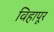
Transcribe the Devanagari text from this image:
विहापूर